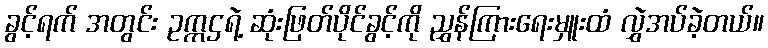
ခွင့်ရက် အတွင်း ဥက္ကဌရဲ့ ဆုံးဖြတ်ပိုင်ခွင့်ကို ညွှန်ကြားရေးမှူးထံ လွှဲအပ်ခဲ့တယ်။